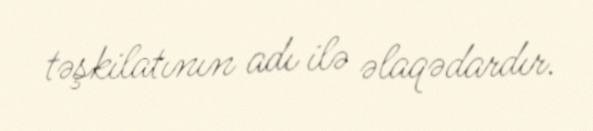
təşkilatının adı ilə əlaqədardır.